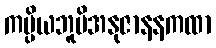
ကပ္ပိယဘူမိအနုဇာနနကထာ